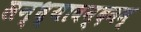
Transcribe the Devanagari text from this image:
सन्ध्यावन्दनम्